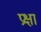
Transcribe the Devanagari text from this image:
प्रक्षा